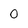
Character: 0